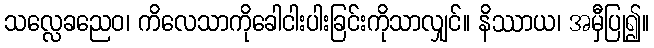
သလ္လေခညေဝ၊ ကိလေသာကိုခေါငါးပါးခြင်းကိုသာလျှင်။ နိဿာယ၊ အမှီပြု၍။